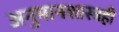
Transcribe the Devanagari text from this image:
अनुमानशास्त्रही